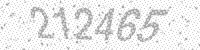
Solution: 212465